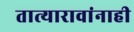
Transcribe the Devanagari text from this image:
तात्यारावांनाही